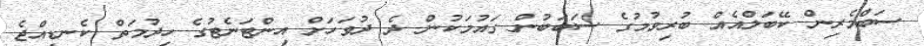
ސަބްމެރިން ކޭބަލްއެއް ބުރިވުމުގެ ސަބަބުން ގައުމަކުން ދެ ދުވަހަަށް އިންޓަނެޓުގެ ހިދުމަތް ކެނޑިއްޖެ